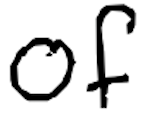
Text: of
Cross-out: clean
Writing tool: digital_black